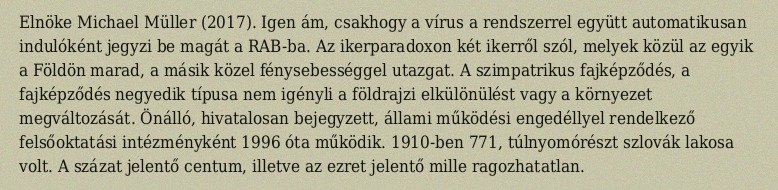
Elnöke Michael Müller (2017). Igen ám, csakhogy a vírus a rendszerrel együtt automatikusan indulóként jegyzi be magát a RAB-ba. Az ikerparadoxon két ikerről szól, melyek közül az egyik a Földön marad, a másik közel fénysebességgel utazgat. A szimpatrikus fajképződés, a fajképződés negyedik típusa nem igényli a földrajzi elkülönülést vagy a környezet megváltozását. Önálló, hivatalosan bejegyzett, állami működési engedéllyel rendelkező felsőoktatási intézményként 1996 óta működik. 1910-ben 771, túlnyomórészt szlovák lakosa volt. A százat jelentő centum, illetve az ezret jelentő mille ragozhatatlan.